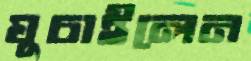
ঘুচাইলেন